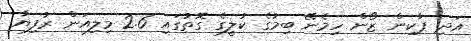
އަދި ޕާކިން ޒޯން ހިމެނޭ ބިމުގެ ކުލީގެ ގޮތުގައި 2.6 މިލިއަން ރުފިޔާ